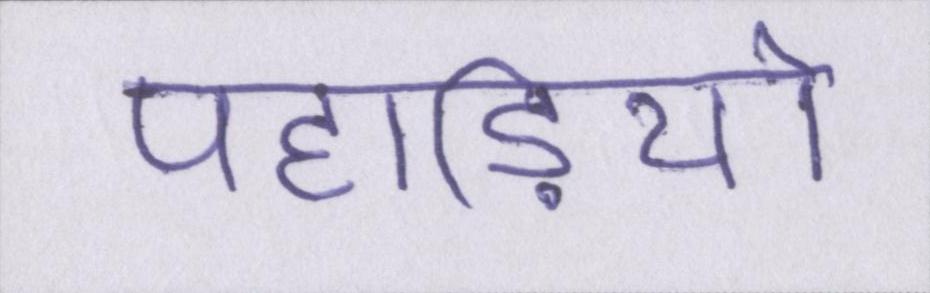
पहाड़ियो